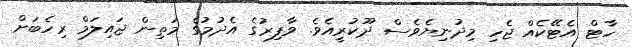
ހާޓް އެޓޭކެއް ޖެހި މިދުނިޔެވެސް ދޫކުރީއެވެ. ވާފިރުގެ އެދުމުގެ މަތިން ޖައިލަމް ރިހެބަށް